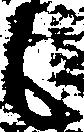
候